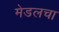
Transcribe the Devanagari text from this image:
मेडलचा